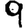
Digit: 9